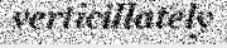
verticillately